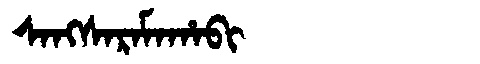
Manchu: ᠰᠠᠩᠰᠠᡵᠠᠮᠠᡥᠠᠪᡳ
Romanization: SANGSARAMAHABI